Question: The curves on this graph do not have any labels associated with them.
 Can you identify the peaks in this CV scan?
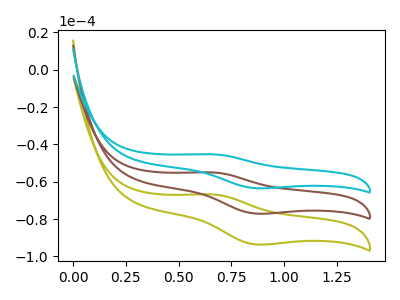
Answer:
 <answer>The olive curve "olive" has an anodic peak at (0.65V, -110.00uA) and a cathodic peak at (0.85V, -154.10uA). The brown curve "brown" has an anodic peak at (0.65V, -55.00uA) and a cathodic peak at (0.85V, -77.05uA). The cyan curve "cyan" has an anodic peak at (0.65V, -45.30uA) and a cathodic peak at (0.85V, -63.45uA).</answer>
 <eval></eval>